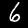
Label: 6